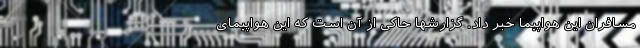
مسافران این هواپیما خبر داد. گزارشها حاکی از آن است که این هواپیمای